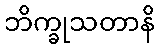
ဘိက္ခုသတာနိ